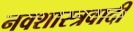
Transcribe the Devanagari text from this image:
नवशास्त्रवादी